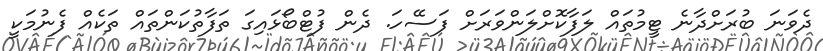
ދެވަނަ ބުރަށްދާނެ ޓީމުތައް ލަފާކޮށްލަންވަރަށް ފަސޭހަ. ދެން ފުޓްބޯޅައިގަ ތަފާތުކަންތައް ތަކެއް ފެނުމަކީ